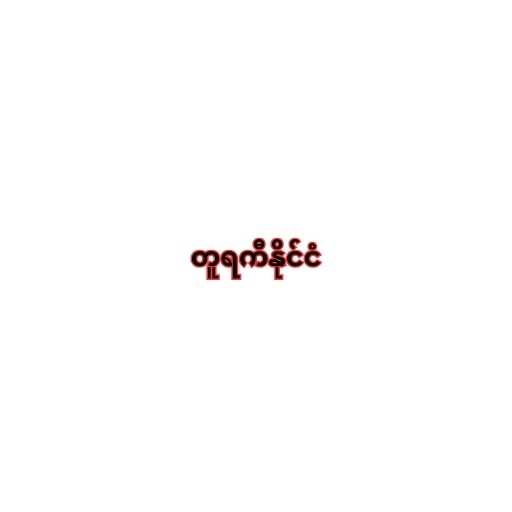
တူရကီနိုင်ငံ